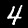
Label: 4